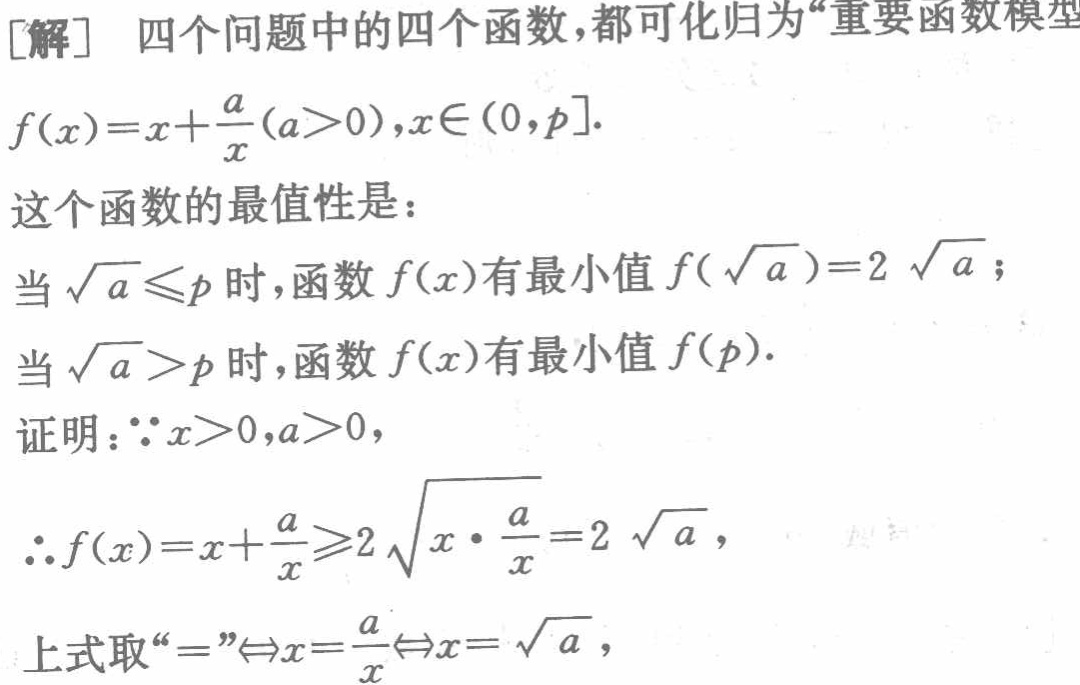
[解] 四个问题中的四个函数，都可化归为“重要函数模型

\[

f(x)=x + \frac{a}{x}(a > 0),x\in(0,p].

\]

这个函数的最值性是：

当\(\sqrt{a}\leq p\)时，函数\(f(x)\)有最小值\(f(\sqrt{a}) = 2\sqrt{a}\)；

当\(\sqrt{a}>p\)时，函数\(f(x)\)有最小值\(f(p)\).

证明：\(\because x>0,a > 0\)，

\[

\therefore f(x)=x+\frac{a}{x}\geq2\sqrt{x\cdot\frac{a}{x}} = 2\sqrt{a},

\]

上式取“\(=\)”\(\Leftrightarrow x=\frac{a}{x}\Leftrightarrow x=\sqrt{a}\)，